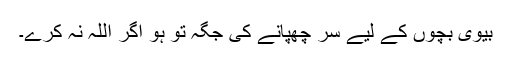
بیوی بچوں کے لیے سر چھپانے کی جگہ تو ہو اگر اللہ نہ کرے۔